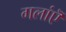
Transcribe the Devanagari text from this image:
गलांऎ